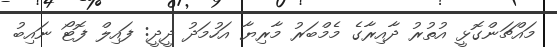
މައްޗަންގޮޅީ އުތުރު ދާއިރާގެ މެމްބަރު މާރިޔާ އަހުމަދު ދީދީ: ފައިލް ފޮޓޯ ނައިބު